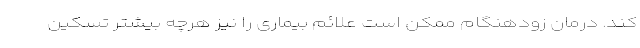
کند. درمان زودهنگام ممکن است علائم بیماری را نیز هرچه بیشتر تسکین